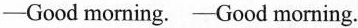
-Good morning. -Good morning.